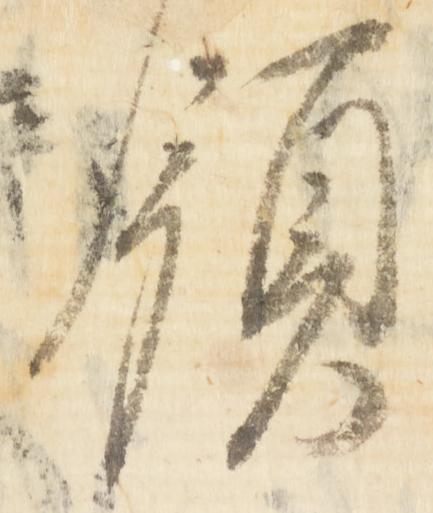
領